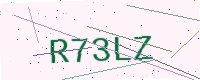
Text: R73LZ